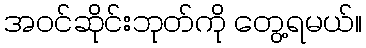
အဝင်ဆိုင်းဘုတ်ကို တွေ့ရမယ်။